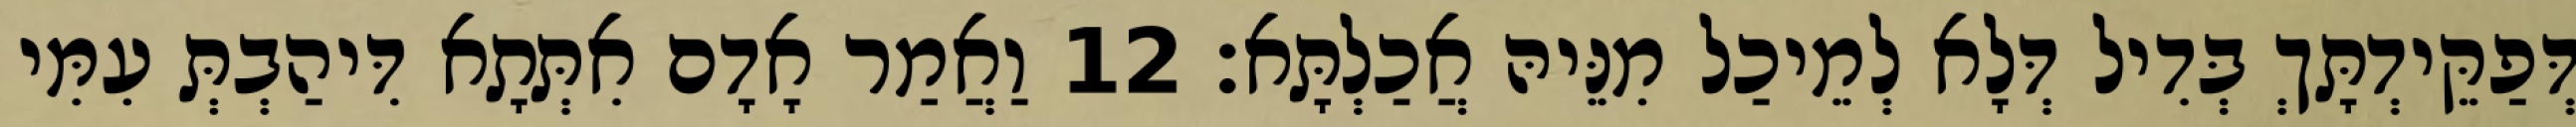
דְּפַקֵּידְתָּךְ בְּדִיל דְּלָא לְמֵיכַל מִנֵּיהּ אֲכַלְתָּא׃ 12 וַאֲמַר אָדָם אִתְּתָא דִּיהַבְתְּ עִמִּי